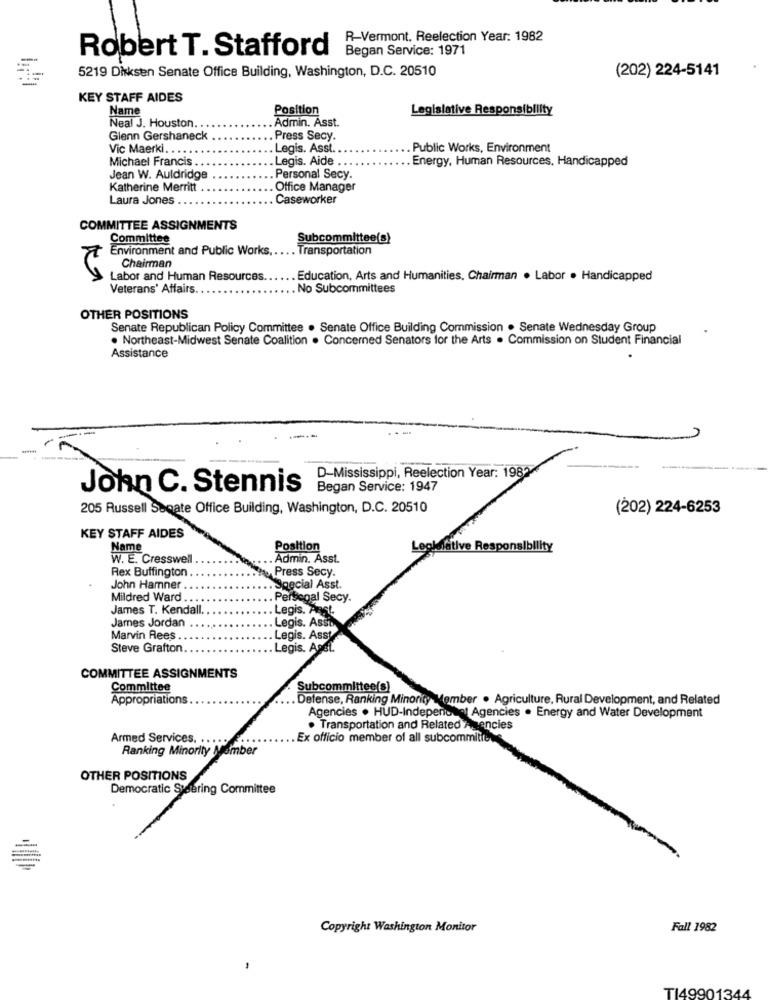
R-Vermont. Reelection Year: 1982
Began Service: 1971
Robert T. Stafford
5219 Dixksen Senate Office Building, Washington, D.C. 20510
(202) 224-5141
KEY STAFF AIDES
Name
Position
Legislative Responsibility
Neal J. Houston. . .
Admin. Asst.
Glenn Gershaneck
Press Secy.
Vic Maerki. . .. .
Legis. Asst.
. Public Works, Environment
Michael Francis
Legis. Aide ..
Energy, Human Resources, Handicapped
Jean W. Auldridge
Personal Secy.
Katherine Merritt
Office Manager
Laura Jones
Caseworker
COMMITTEE ASSIGNMENTS
Committee
Subcommittee(s)
Environment and Public Works ..
. Transportation
Chairman
Labor and Human Resources.
Education, Arts and Humanities, Chairman . Labor . Handicapped
Veterans' Affairs ..
. No Subcommittees
OTHER POSITIONS
Senate Republican Policy Committee . Senate Office Building Commission . Senate Wednesday Group
. Northeast-Midwest Senate Coalition . Concerned Senators for the Arts . Commission on Student Financial
Assistance
D-Mississippi, Reelection Year: 1987
John C. Stennis
Began Service: 1947
205 Russell Senate Office Building, Washington, D.C. 20510
(202) 224-6253
KEY STAFF AIDES
Name
Position
Legletative Responsibility
W. E. Cresswell
Admin. Asst.
Rex Buffington
Press Secy.
John Hamner
. Special Asst.
Mildred Ward
Personal Secy.
James T. Kendall.
Legis. Past.
James Jordan
.Legis. Assi
Marvin Rees
Legis. Assy
Steve Grafton.
Legis. Aast.
COMMITTEE ASSIGNMENTS
Committee
Subcommittee(s)
Appropriations
Defense, Ranking Minority Member . Agriculture, Rural Development, and Related
Agencies . HUD-Indepenocet Agencies . Energy and Water Development
· Transportation and Related Agencies
Armed Services. .. .
Ex officio member of all subcommitte
Ranking Minority Member
OTHER POSITIONS
Democratic Steering Committee
-
-
Copyright Washington Monitor
Fall 1982
TI49901344